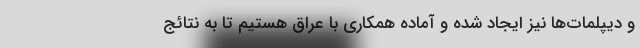
و دیپلمات‌ها نیز ایجاد شده و آماده همکاری با عراق هستیم تا به نتائج